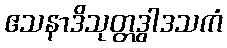
ဧသနာဒိသုတ္တဒွါဒသကံ